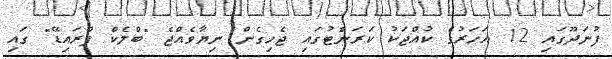
ފުނަދޫގައި 12 އަހަރުގެ ކުއްޖަކު ކަރަންޓުގައި ޖެހިގެން ނިޔާވެއްޖެ "ބްލެކް ފްރައިޑޭ" ގައި